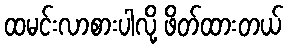
ထမင်းလာစားပါလို့ ဖိတ်ထားတယ်